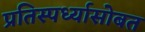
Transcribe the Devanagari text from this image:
प्रतिस्पर्ध्यासोबत